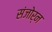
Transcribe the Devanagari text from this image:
संजोर्न